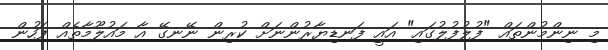
މި ނިންމުންތައް "ފުލުފުލުގައި" އައީ ފަނޑިޔާރުންނަށް ކުރިން ނޭނގޭ އާ މައުލޫމާތެއް ފަހުން